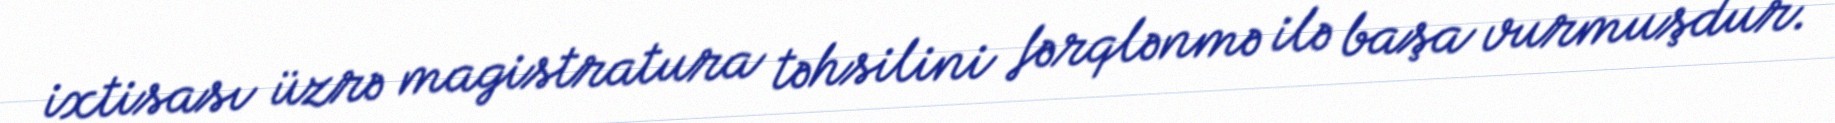
ixtisası üzrə magistratura təhsilini fərqlənmə ilə başa vurmuşdur.